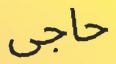
حاجی